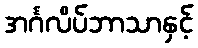
အင်္ဂလိပ်ဘာသာနှင့်